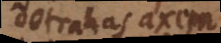
detrahas axem